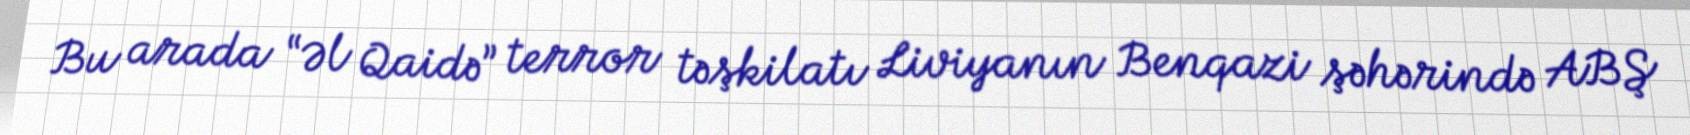
Bu arada “Əl Qaidə” terror təşkilatı Liviyanın Benqazi şəhərində ABŞ